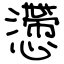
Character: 懘